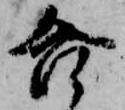
合